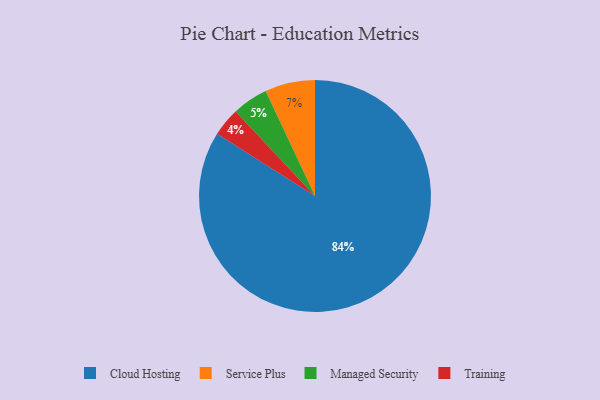
{"axis": {"x": "Category", "y": "Percentage"}, "legend": ["Cloud Hosting", "Managed Security", "Service Plus", "Training"], "data": [{"x": "Managed Security", "y": 5, "type": "Managed Security"}, {"x": "Training", "y": 4, "type": "Training"}, {"x": "Cloud Hosting", "y": 84, "type": "Cloud Hosting"}, {"x": "Service Plus", "y": 7, "type": "Service Plus"}]}